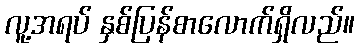
လူ့အရပ် နှစ်ပြန်စာလောက်ရှိလည်။